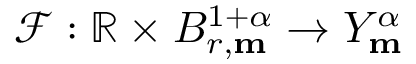
\mathscr { F } : \mathbb { R } \times B _ { r , \mathbf { m } } ^ { 1 + \alpha } \rightarrow Y _ { \mathbf { m } } ^ { \alpha }